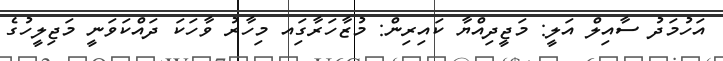
އަހުމަދު ސާއިލް އަލީ: މަޖީދިއްޔާ ކައިރިން: މުޒާހަރާގަިއ މިހާރު ވާހަކަ ދައްކަވަނީ މަޖިލީހުގެ